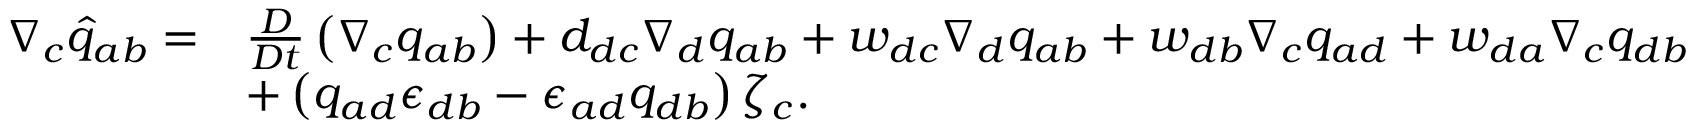
\begin{array} { r l } { \nabla _ { c } \widehat { q } _ { a b } = } & { \frac { D } { D t } \left( \nabla _ { c } q _ { a b } \right) + d _ { d c } \nabla _ { d } q _ { a b } + w _ { d c } \nabla _ { d } q _ { a b } + w _ { d b } \nabla _ { c } q _ { a d } + w _ { d a } \nabla _ { c } q _ { d b } } \\ & { + \left( q _ { a d } \epsilon _ { d b } - \epsilon _ { a d } q _ { d b } \right) \zeta _ { c } . } \end{array}